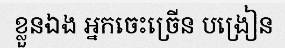
ខ្លួនឯង អ្នកចេះច្រើន បង្រៀន